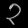
Digit: ၃